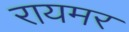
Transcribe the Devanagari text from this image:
रायमर